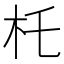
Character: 杔